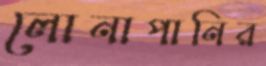
লোনাপানির